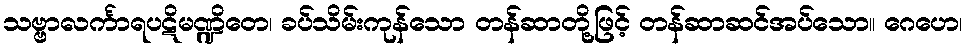
သဗ္ဗာလင်္ကာရပဋိမဏ္ဍိတေ၊ ခပ်သိမ်းကုန်သော တန်ဆာတို့ဖြင့် တန်ဆာဆင်အပ်သော။ ဂေဟေ၊